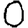
Digit: 0